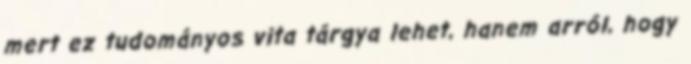
mert ez tudományos vita tárgya lehet, hanem arról, hogy